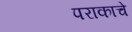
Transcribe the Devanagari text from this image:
पराकाचे